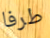
طرفا